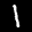
Label: 1